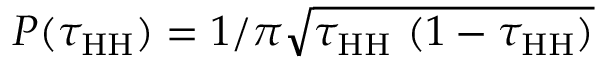
P ( \tau _ { \mathrm { H H } } ) = 1 / \pi \sqrt { \tau _ { \mathrm { H H } } \ ( 1 - \tau _ { \mathrm { H H } } ) }